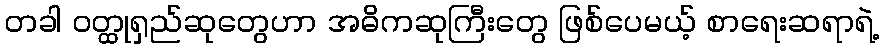
တခါ ဝတ္ထုရှည်ဆုတွေဟာ အဓိကဆုကြီးတွေ ဖြစ်ပေမယ့် စာရေးဆရာရဲ့